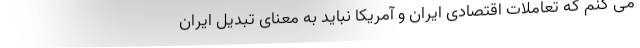
می کنم که تعاملات اقتصادی ایران و آمریکا نباید به معنای تبدیل ایران